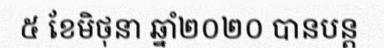
៥ ខែមិថុនា ឆ្នាំ២០២០ បានបន្ត